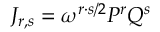
{ \cal J } _ { r , s } = \omega ^ { r \cdot s / 2 } P ^ { r } Q ^ { s }